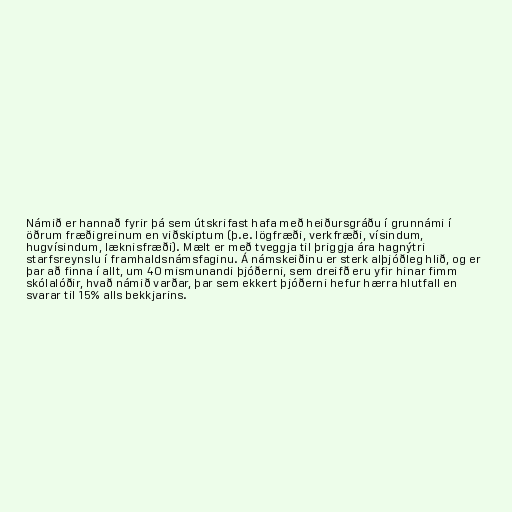
Námið er hannað fyrir þá sem útskrifast hafa með heiðursgráðu í grunnámi í
öðrum fræðigreinum en viðskiptum (þ.e. lögfræði, verkfræði, vísindum,
hugvísindum, læknisfræði). Mælt er með tveggja til þriggja ára hagnýtri
starfsreynslu í framhaldsnámsfaginu. Á námskeiðinu er sterk alþjóðleg hlið, og er
þar að finna í allt, um 40 mismunandi þjóðerni, sem dreifð eru yfir hinar fimm
skólalóðir, hvað námið varðar, þar sem ekkert þjóðerni hefur hærra hlutfall en
svarar til 15% alls bekkjarins.